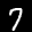
Label: 7